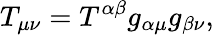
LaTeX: T_{\mu\nu}=T^{\alpha\beta}g_{\alpha\mu}g_{\beta\nu},